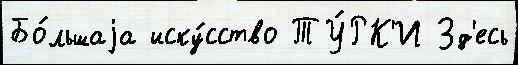
Бо́льшаjа иску́сство ТУ́РК'И Зд'есь